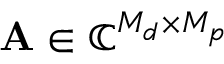
\mathbf { A } \in \mathbb { C } ^ { M _ { d } \times M _ { p } }